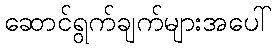
ဆောင်ရွက်ချက်များအပေါ်